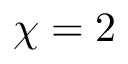
\chi = 2